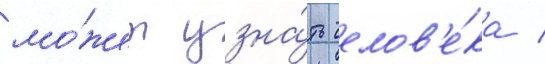
мо́жет узна́ть челов'е́ка /